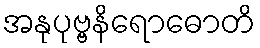
အနုပုဗ္ဗနိရောဓောတိ